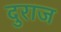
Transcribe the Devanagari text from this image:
दुराज